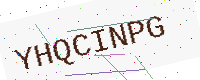
Text: YHQCINPG